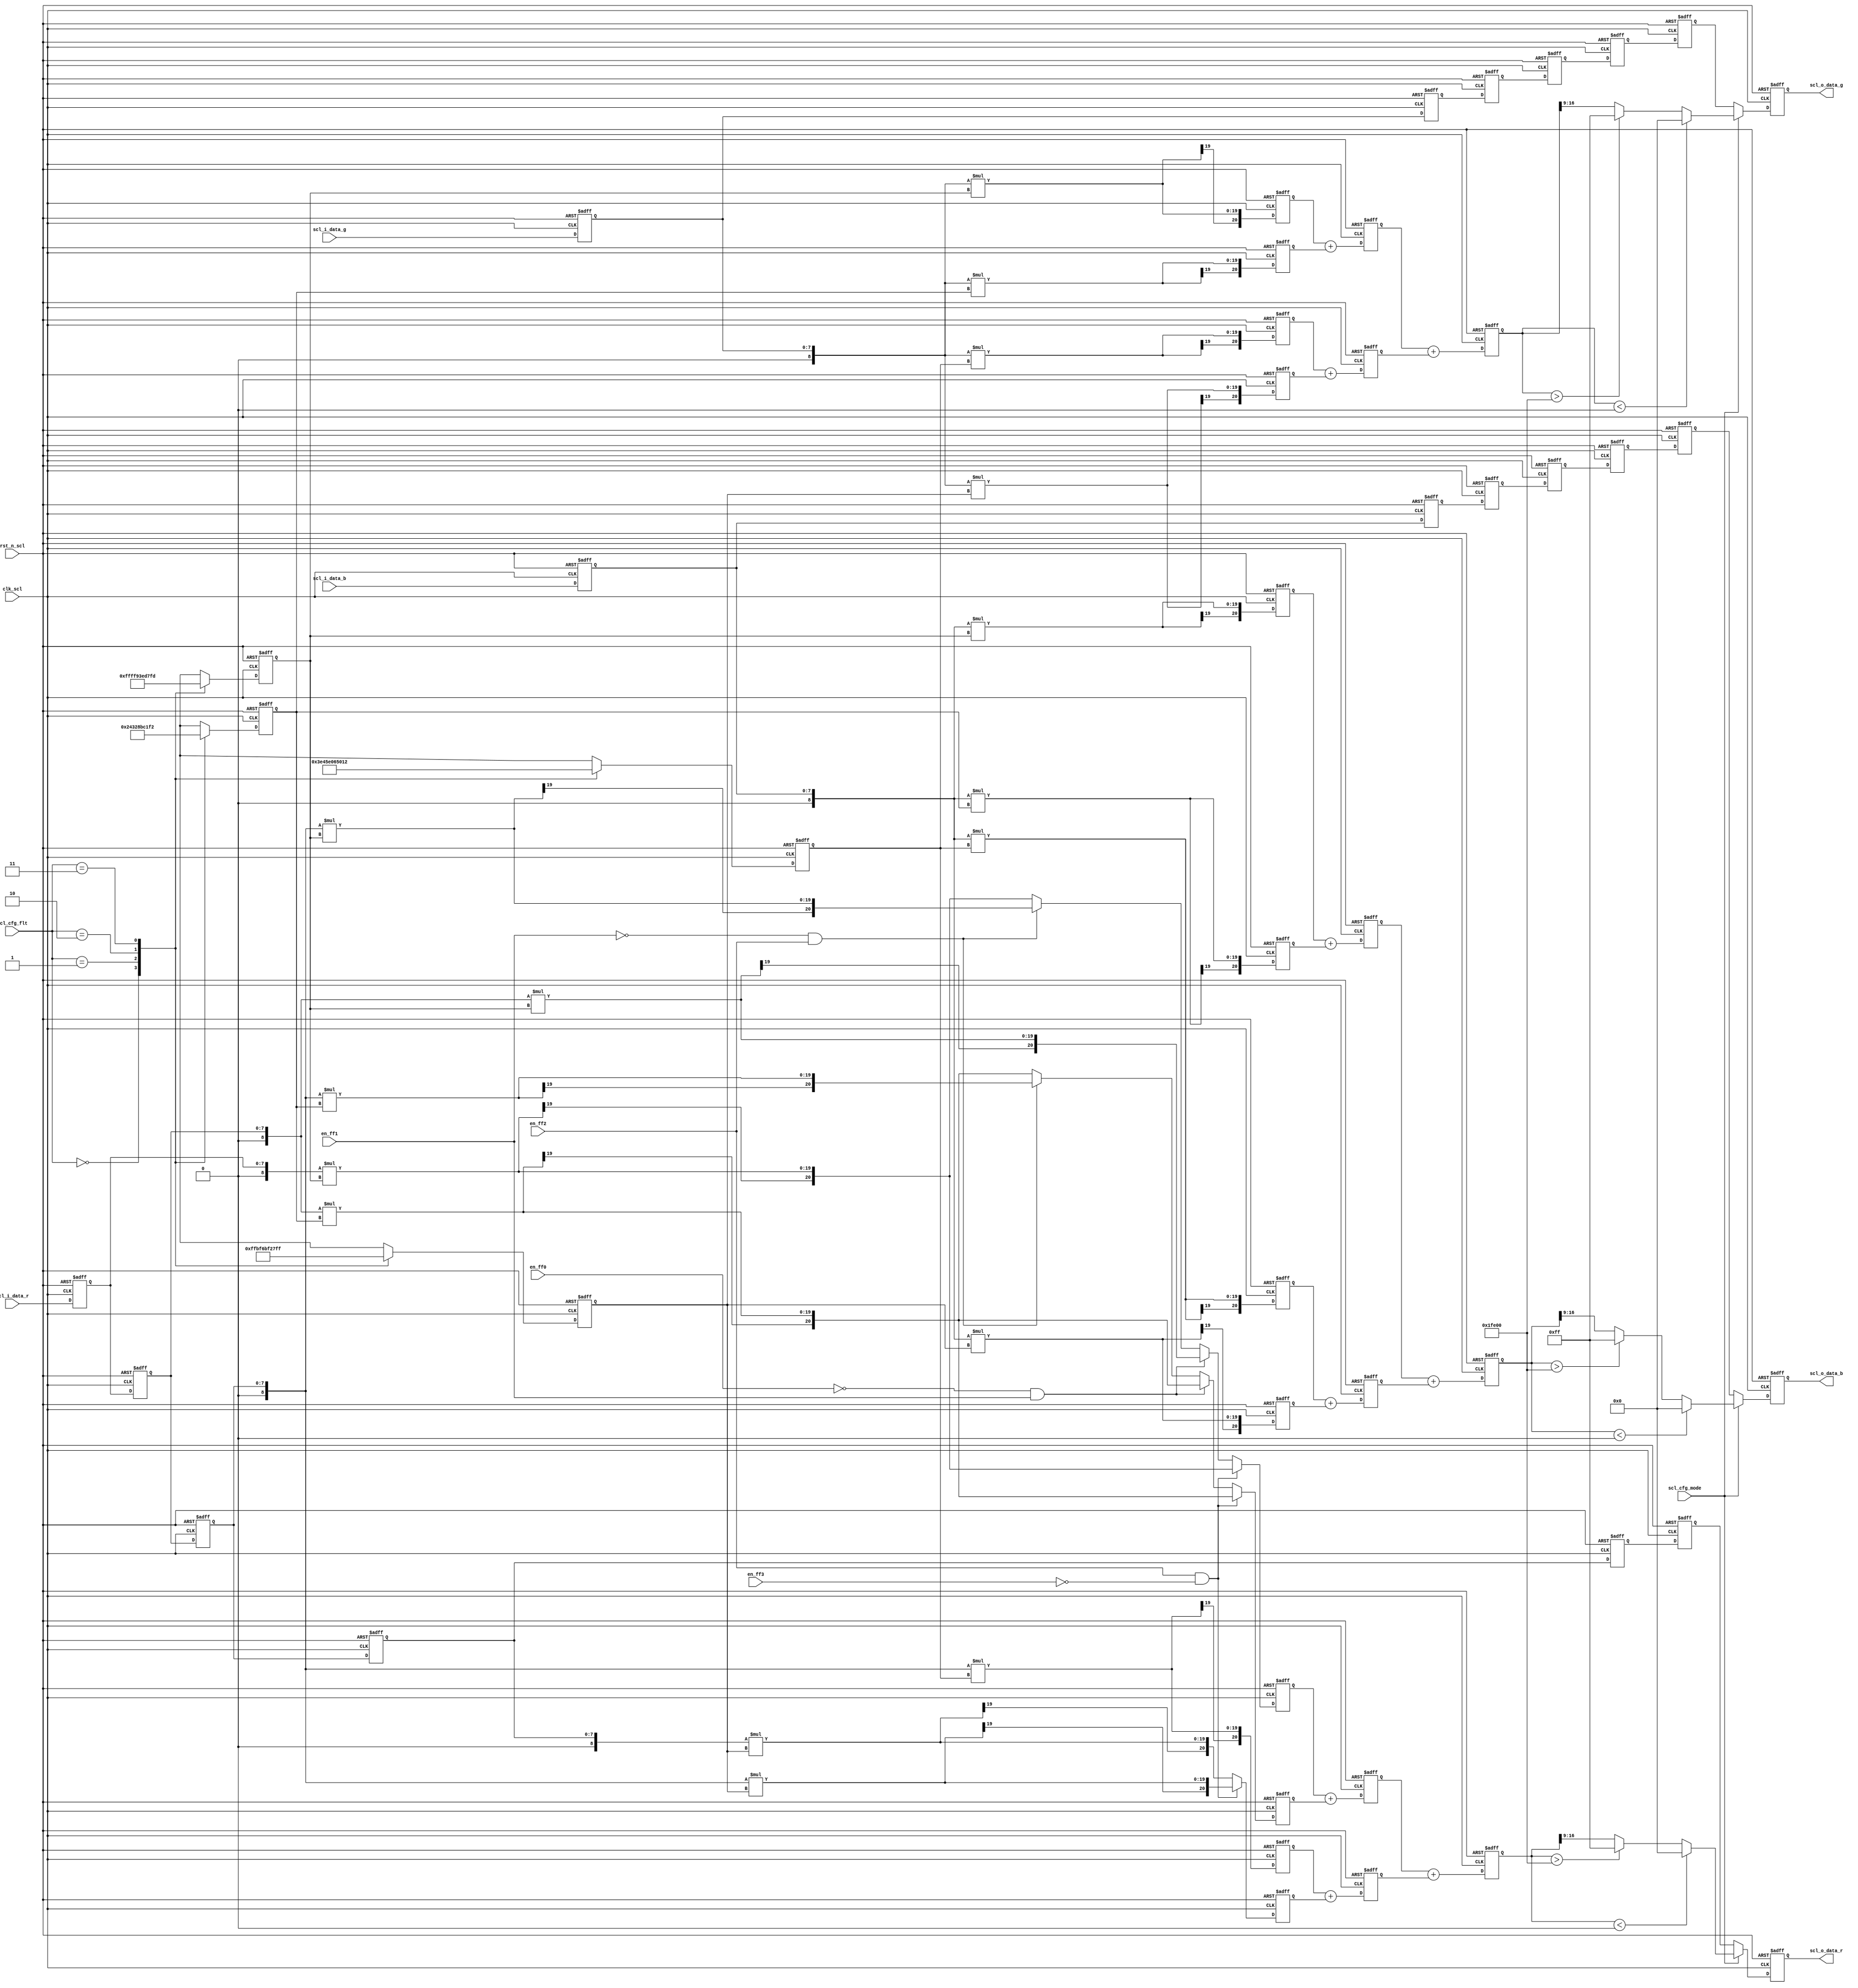
module hscaler (rst_n_scl,clk_scl,en_ff0,en_ff1,en_ff2,en_ff3,scl_i_data_r,scl_i_data_g,scl_i_data_b,scl_cfg_mode,
scl_cfg_flt,scl_o_data_r,scl_o_data_g,scl_o_data_b);

input en_ff0,en_ff1,en_ff2,en_ff3;
input rst_n_scl,clk_scl;
input scl_cfg_mode; 
input [1:0] scl_cfg_flt;

input[7:0]scl_i_data_r;
input[7:0]scl_i_data_g;
input[7:0]scl_i_data_b;
output[7:0]scl_o_data_r;
output[7:0]scl_o_data_g;
output[7:0]scl_o_data_b;



reg[7:0]scl_o_data_r;
reg[7:0]scl_o_data_g;
reg[7:0]scl_o_data_b;


//input r g b 
reg [7:0] data_in_r_0,data_in_r_1,data_in_r_2,data_in_r_3,data_in_r_4,data_in_r_5;
reg [7:0] data_in_g_0,data_in_g_1,data_in_g_2,data_in_g_3,data_in_g_4,data_in_g_5;
reg [7:0] data_in_b_0,data_in_b_1,data_in_b_2,data_in_b_3,data_in_b_4,data_in_b_5;

always @(posedge clk_scl or negedge rst_n_scl) 
begin
    if(!rst_n_scl) 
	begin
        data_in_r_0  <= 8'b0;
        data_in_r_1  <= 8'b0;
        data_in_r_2  <= 8'b0;
        data_in_r_3  <= 8'b0;
        data_in_r_4  <= 8'b0;
        data_in_r_5  <= 8'b0;
    end
    else 
	begin
        data_in_r_0  <= scl_i_data_r;
        data_in_r_1  <= data_in_r_0;
        data_in_r_2  <= data_in_r_1;
        data_in_r_3  <= data_in_r_2;
        data_in_r_4  <= data_in_r_3;
        data_in_r_5  <= data_in_r_4;
    end
end



always @(posedge clk_scl or negedge rst_n_scl) 
begin
    if(!rst_n_scl) 
	begin
        data_in_g_0  <= 8'b0;
        data_in_g_1  <= 8'b0;
        data_in_g_2  <= 8'b0;
        data_in_g_3  <= 8'b0;
        data_in_g_4  <= 8'b0;
        data_in_g_5  <= 8'b0;
    end
    else 
	begin
        data_in_g_0  <= scl_i_data_g;
        data_in_g_1  <= data_in_g_0;
        data_in_g_2  <= data_in_g_1;
        data_in_g_3  <= data_in_g_2;
        data_in_g_4  <= data_in_g_3;
        data_in_g_5  <= data_in_g_4;
    end
end



always @(posedge clk_scl or negedge rst_n_scl) 
begin
    if(!rst_n_scl) 
	begin
        data_in_b_0  <= 8'b0;
        data_in_b_1  <= 8'b0;
        data_in_b_2  <= 8'b0;
        data_in_b_3  <= 8'b0;
        data_in_b_4  <= 8'b0;
        data_in_b_5  <= 8'b0;
    end
    else 
	begin
        data_in_b_0  <= scl_i_data_b;
        data_in_b_1  <= data_in_b_0;
        data_in_b_2  <= data_in_b_1;
        data_in_b_3  <= data_in_b_2;
        data_in_b_4  <= data_in_b_3;
        data_in_b_5  <= data_in_b_4;
    end
end

//???????
reg signed [10:0] coef_0,coef_1,coef_2,coef_3;
 
always @(posedge clk_scl or negedge rst_n_scl) 
begin 
 if (!rst_n_scl)
   begin
      coef_0 <= 0;
			coef_1 <= 0;
			coef_2 <= 0;
			coef_3 <= 0;
		end
  else 
  begin
  case(scl_cfg_flt)
    2'd0:begin 
		  coef_0 <= -3;
			coef_1 <= 498;
			coef_2 <= 18;
			coef_3 <= -1;
			end 
			
	  2'd1: begin 
		  coef_0 <= -38;
			coef_1 <= 376;
			coef_2 <= 202;
			coef_3 <= -28;
			end 
			
	  2'd2: begin
		  coef_0 <= -28;
			coef_1 <= 202;
			coef_2 <= 376;
			coef_3 <= -38;
			end
			
	  2'd3: begin
		  coef_0 <= -1;
			coef_1 <= 18;
			coef_2 <= 498;
			coef_3 <= -3;
			end
			
	default:begin
	    coef_0 <= 0;
			coef_1 <= 512;
			coef_2 <= 0;
			coef_3 <= 0;
			end
   endcase
  end
end 
//???&???

wire signed [8:0] itmp_r_0,itmp_r_1,itmp_r_2,itmp_r_3;
wire signed [8:0] itmp_g_0,itmp_g_1,itmp_g_2,itmp_g_3;
wire signed [8:0] itmp_b_0,itmp_b_1,itmp_b_2,itmp_b_3;


reg signed [20:0] ff_r_0,ff_r_1,ff_r_2,ff_r_3;
reg signed [20:0] ff_g_0,ff_g_1,ff_g_2,ff_g_3;
reg signed [20:0] ff_b_0,ff_b_1,ff_b_2,ff_b_3;

assign itmp_r_0 = {1'b0,data_in_r_0};
assign itmp_r_1 = {1'b0,data_in_r_1};
assign itmp_r_2 = {1'b0,data_in_r_2};
assign itmp_r_3 = {1'b0,data_in_r_3};

assign itmp_g_0 = {1'b0,data_in_g_0};
assign itmp_g_1 = {1'b0,data_in_g_0};
assign itmp_g_2 = {1'b0,data_in_g_0};
assign itmp_g_3 = {1'b0,data_in_g_0};

assign itmp_b_0 = {1'b0,data_in_b_0};
assign itmp_b_1 = {1'b0,data_in_b_0};
assign itmp_b_2 = {1'b0,data_in_b_0};
assign itmp_b_3 = {1'b0,data_in_b_0};

always @(posedge clk_scl or negedge rst_n_scl) 
begin
    if(!rst_n_scl) 
	begin
        ff_r_0  <= 0;
        ff_r_1  <= 0;
        ff_r_2  <= 0;
        ff_r_3  <= 0;

        ff_g_0  <= 0;
        ff_g_1  <= 0;
        ff_g_2  <= 0;
        ff_g_3  <= 0;

        ff_b_0  <= 0;
        ff_b_1  <= 0;
        ff_b_2  <= 0;
        ff_b_3  <= 0;
    end
    else if(en_ff2==1 && en_ff3==0) //???????????
	    begin
        ff_r_0  <= itmp_r_0*coef_3;
        ff_r_1  <= itmp_r_1*coef_2;
        ff_r_2  <= itmp_r_2*coef_1;
        ff_r_3  <= itmp_r_2*coef_0;

        ff_g_0  <= itmp_g_0*coef_3;
        ff_g_1  <= itmp_g_1*coef_2;
        ff_g_2  <= itmp_g_2*coef_1;
        ff_g_3  <= itmp_g_2*coef_0;

        ff_b_0  <= itmp_b_0*coef_3;
        ff_b_1  <= itmp_b_1*coef_2;
        ff_b_2  <= itmp_b_2*coef_1;
        ff_b_3  <= itmp_b_2*coef_0;
    end
    else if(en_ff0==0 && en_ff1==1) //?????????????
	    begin
        ff_r_0  <= itmp_r_1*coef_3;
        ff_r_1  <= itmp_r_1*coef_2;
        ff_r_2  <= itmp_r_2*coef_1;
        ff_r_3  <= itmp_r_3*coef_0;

        ff_g_0  <= itmp_g_1*coef_3;
        ff_g_1  <= itmp_g_1*coef_2;
        ff_g_2  <= itmp_g_2*coef_1;
        ff_g_3  <= itmp_g_3*coef_0;

        ff_b_0  <= itmp_b_1*coef_3;
        ff_b_1  <= itmp_b_1*coef_2;
        ff_b_2  <= itmp_b_2*coef_1;
        ff_b_3  <= itmp_b_3*coef_0;
        end
    else if(en_ff1==0 && en_ff2==1) //?????????????
	    begin
        ff_r_0  <= itmp_r_2*coef_3;
        ff_r_1  <= itmp_r_2*coef_2;
        ff_r_2  <= itmp_r_2*coef_1;
        ff_r_3  <= itmp_r_3*coef_0;

        ff_g_0  <= itmp_g_2*coef_3;
        ff_g_1  <= itmp_g_2*coef_2;
        ff_g_2  <= itmp_g_2*coef_1;
        ff_g_3  <= itmp_g_3*coef_0;

        ff_b_0  <= itmp_b_2*coef_3;
        ff_b_1  <= itmp_b_2*coef_2;
        ff_b_2  <= itmp_b_2*coef_1;
        ff_b_3  <= itmp_b_3*coef_0;
       end
	    else
        begin
        ff_r_0  <= itmp_r_0*coef_3;
        ff_r_1  <= itmp_r_1*coef_2;
        ff_r_2  <= itmp_r_2*coef_1;
        ff_r_3  <= itmp_r_3*coef_0;
                                    
        ff_g_0  <= itmp_g_0*coef_3;
        ff_g_1  <= itmp_g_1*coef_2;
        ff_g_2  <= itmp_g_2*coef_1;
        ff_g_3  <= itmp_g_3*coef_0;
                                    
        ff_b_0  <= itmp_b_0*coef_3;
        ff_b_1  <= itmp_b_1*coef_2;
        ff_b_2  <= itmp_b_2*coef_1;
        ff_b_3  <= itmp_b_3*coef_0;
        end
end


//??????

reg signed [21:0] ff1_r_0,ff1_r_1;
reg signed [21:0] ff1_g_0,ff1_g_1;
reg signed [21:0] ff1_b_0,ff1_b_1;

always @(posedge clk_scl or negedge rst_n_scl) 
begin
    if(!rst_n_scl) 
	begin
        ff1_r_0  <= 0;
        ff1_r_1  <= 0;

        ff1_g_0  <= 0;
        ff1_g_1  <= 0;

        ff1_b_0  <= 0;
        ff1_b_1  <= 0;
    end
    else 
	begin
        ff1_r_0  <= ff_r_0+ff_r_1;
        ff1_r_1  <= ff_r_2+ff_r_3;

        ff1_g_0  <= ff_g_0+ff_g_1;
        ff1_g_1  <= ff_g_2+ff_g_3;

        ff1_b_0  <= ff_b_0+ff_b_1;
        ff1_b_1  <= ff_b_2+ff_b_3;
    end
end

//??????

reg signed [22:0] ff2_r;
reg signed [22:0] ff2_g;
reg signed [22:0] ff2_b;
always @(posedge clk_scl or negedge rst_n_scl) 
begin
    if(!rst_n_scl) 
	begin
        ff2_r <= 0;
        ff2_g <= 0;
        ff2_b <= 0;
    end
    else 
	begin
        ff2_r <= ff1_r_0+ff1_r_1;
        ff2_g <= ff1_g_0+ff1_g_1;
        ff2_b <= ff1_b_0+ff1_b_1;
    end
end

//output r g b 
always @(posedge clk_scl or negedge rst_n_scl) 
begin
    if(!rst_n_scl) 
	begin
        scl_o_data_r  <= 8'b0;
        scl_o_data_g  <= 8'b0;
        scl_o_data_b  <= 8'b0;
    end
    else if(scl_cfg_mode==0) 
	begin
        scl_o_data_r <= data_in_r_5;
        scl_o_data_g <= data_in_g_5;
        scl_o_data_b <= data_in_b_5;
    end
    else 
	begin
        
        if(ff2_r<0) 
		begin
            scl_o_data_r <= 0;
        end
        else if(ff2_r>130560) 
		begin
            scl_o_data_r <= 255;
        end
        else begin
            scl_o_data_r <= ff2_r[16:9];
        end

        
        if(ff2_g<0) begin
            scl_o_data_g <= 0;
        end
        else if(ff2_g>130560) 
		begin
            scl_o_data_g <= 255;
        end
        else begin
            scl_o_data_g <= ff2_g[16:9];
        end

        
        if(ff2_b<0) begin
            scl_o_data_b <= 0;
        end
        else if(ff2_b>130560) 
		begin
            scl_o_data_b <= 255;
        end
        else begin
            scl_o_data_b <= ff2_b[16:9];
        end
    end
end
endmodule